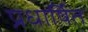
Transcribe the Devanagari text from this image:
प्रधार्षित